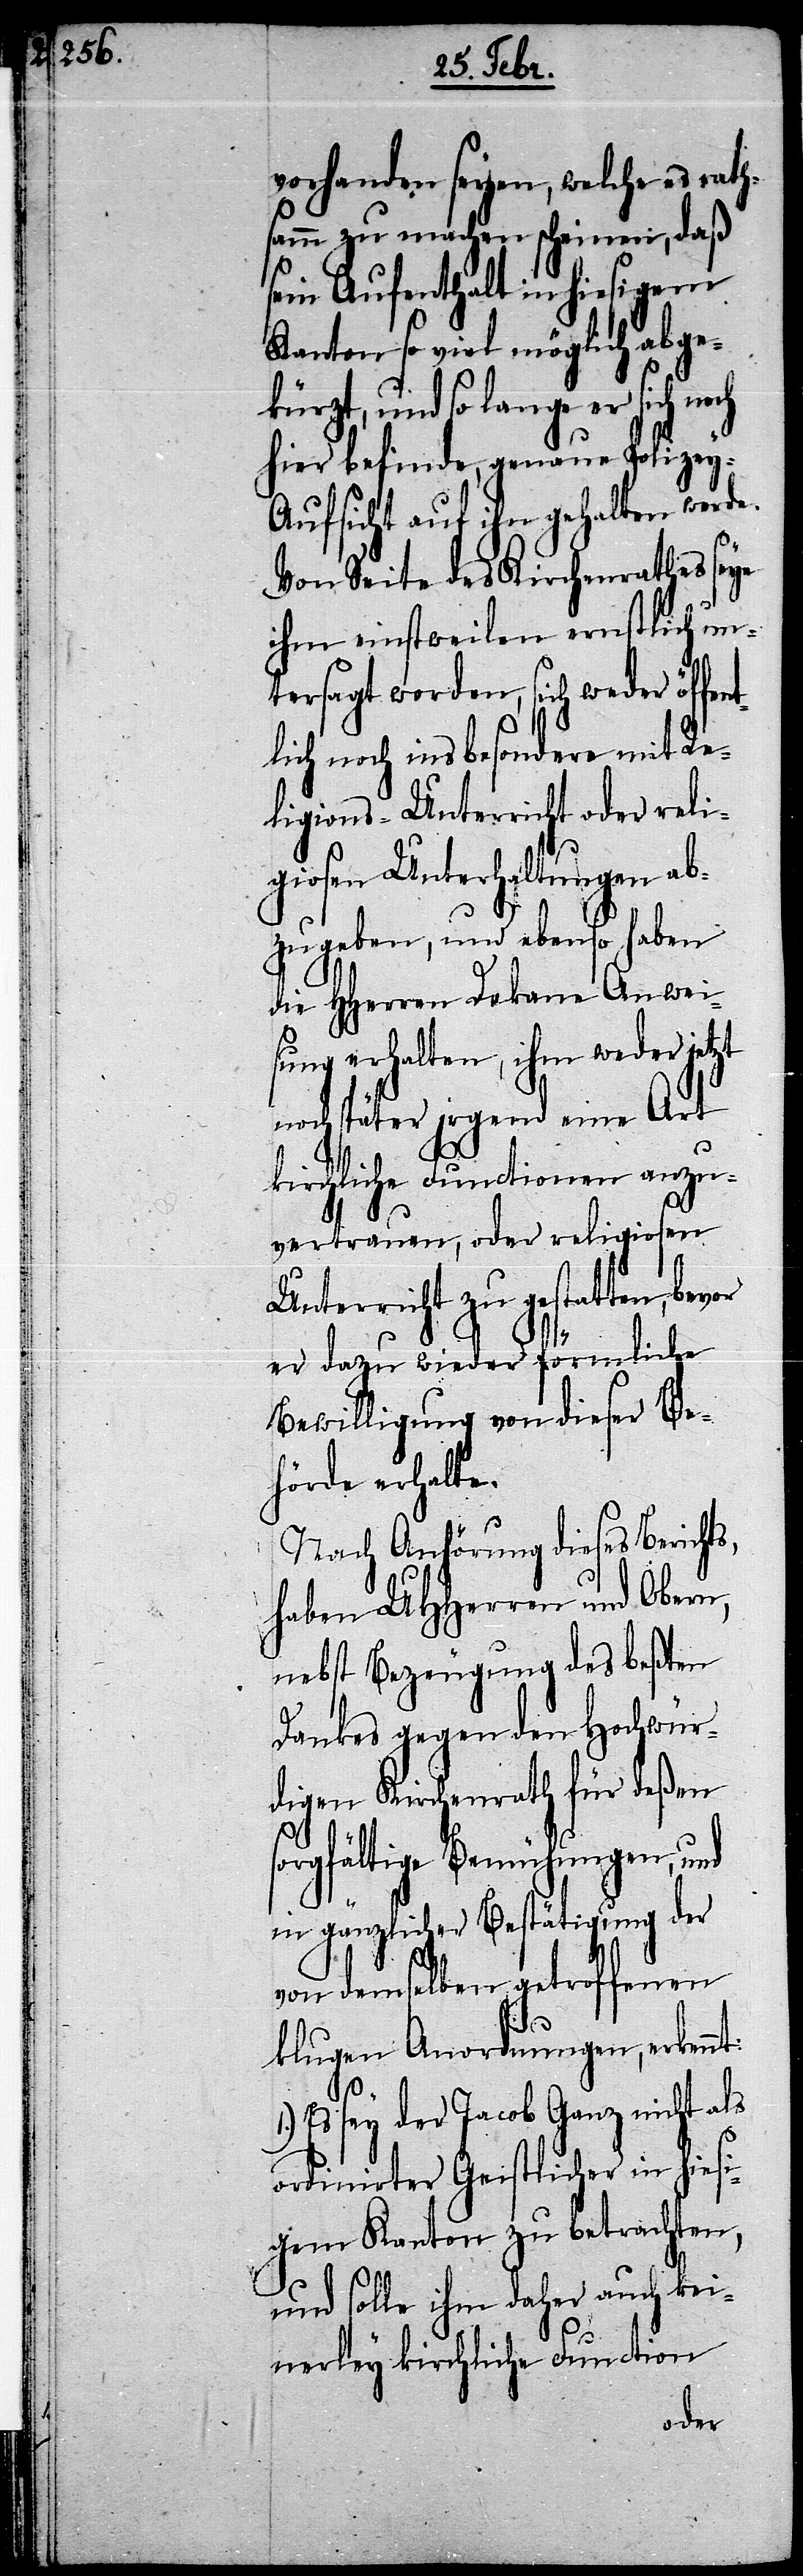
vorhanden seyen, welche es rath¬
samm zu machen scheinen, daß
sein Aufenthalt in hiesigem
Kanton so viel möglich abge¬
kürzt, und so lange er sich
hier befinde, genaue Polizey-A¬
ufsicht auf ihn gehalten werde.
Von Seite des Kirchenrathes seye
ihm einstweilen ernstlich un¬
tersagt worden, sich weder öffen¬
tlich noch insbesondere mit Re¬
ligions-Unterricht oder reli¬
giosen Unterhaltungen ab¬
zugeben, und ebenso haben
die HHerren Dekane Anwei¬
sung erhalten, ihm weder jetzt
noch später jrgend eine Art
kirchliche Functionen anzu¬
vertrauen, oder religiosen
Unterricht zu gestatten, bev¬
er dazu wieder förmliche
Bewilligung von dieser Be¬
hörde erhalte.
Nach Anhörung dieses Berichts,
haben UHHerren und Obern,
nebst Bezeugung des beßten
Dankes gegen den Hochwür¬
digen Kirchenrath für deßen
sorgfältige Bemühungen, und
in gänzlicher Bestätigung der
von demselben getroffenen
klugen Anordnungen,
Es sey der Jacob Ganz nicht als
ordinirter Geistlicher in hiesi¬
gem Kanton zu betrachten,
und solle ihm daher auch kei¬
nerley kirchliche Function
or